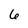
Character: 6